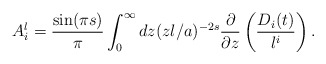
\begin{align*}A_{i}^{l}={\sin(\pi s)\over \pi}\int_{0}^{\infty}dz (zl/a)^{-2s}{\partial \over \partial z}\left({D_{i}(t)\over l^{i}}\right) .\end{align*}